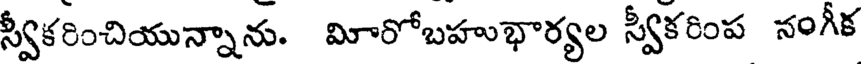
స్వీకరించియున్నాను. మిరోబహుభార్యల స్వీకరింప నంగీక